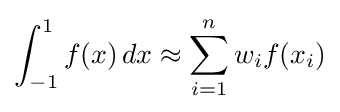
\int _{-1}^{1}f(x)\,dx\approx \sum _{i=1}^{n}w_{i}f(x_{i})